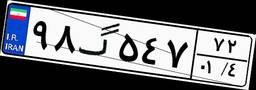
۹۴گ۳۳۵۹۴